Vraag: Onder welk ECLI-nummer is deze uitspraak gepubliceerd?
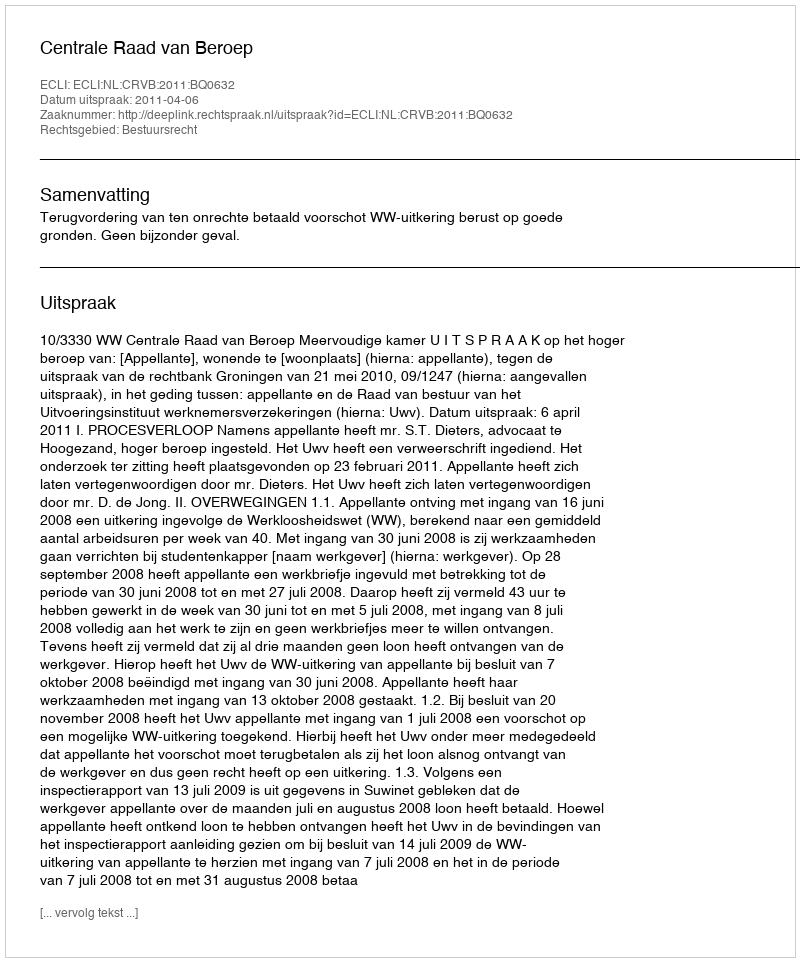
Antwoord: ECLI:NL:CRVB:2011:BQ0632